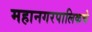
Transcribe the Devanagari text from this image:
महानगरपालिकचे